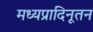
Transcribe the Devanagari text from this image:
मध्यप्रादिनूतन